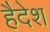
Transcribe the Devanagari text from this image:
हैदेश